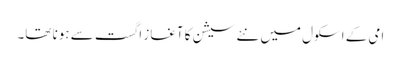
امی کے اسکول میں نئے سیشن کا آغاز اگست سے ہونا تھا۔